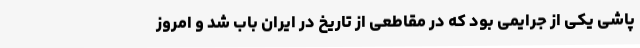
پاشی یکی از جرایمی بود که در مقاطعی از تاریخ در ایران باب شد و امروز